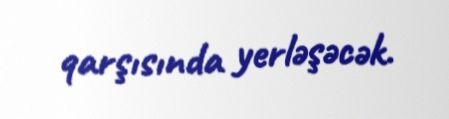
qarşısında yerləşəcək.